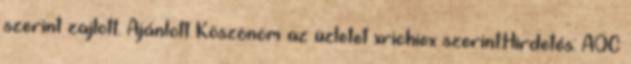
szerint zajlott. Ajánlott Köszönöm az üzletet xrichiex szerint:Hirdetés: AOC